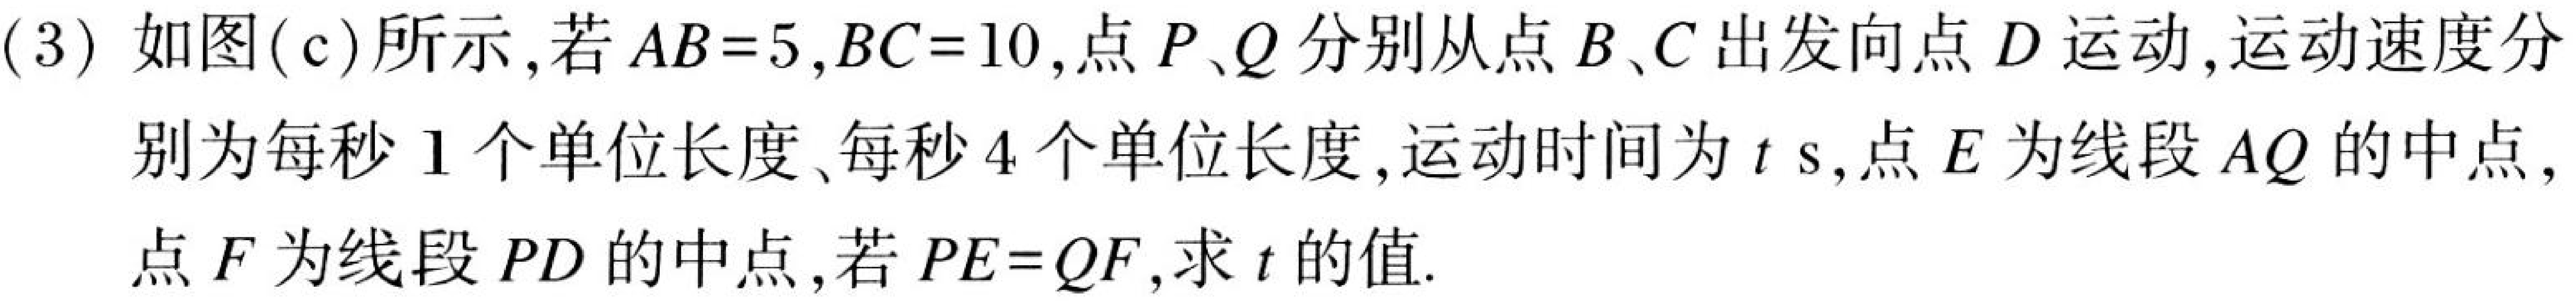
(3) 如图(c)所示,若 \(AB = 5\), \(BC = 10\),点 \(P\)、\(Q\) 分别从点 \(B\)、\(C\) 出发向点 \(D\) 运动,运动速度分
别为每秒 \(1\) 个单位长度、每秒 \(4\) 个单位长度,运动时间为 \(t\ \text{s}\),点 \(E\) 为线段 \(AQ\) 的中点,
点 \(F\) 为线段 \(PD\) 的中点,若 \(PE = QF\),求 \(t\) 的值.